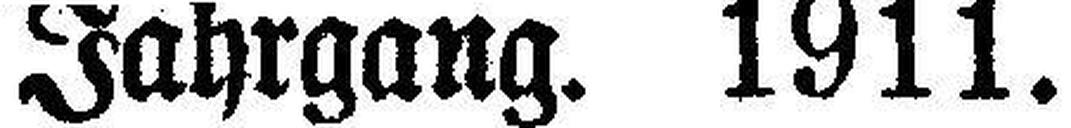
Jahrgang. 1911.